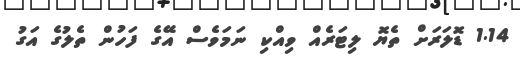
1.14 ޑޮލަރަށް ތެޔޮ ލިޓަރެއް ވިއްކި ނަމަވެސް އޭގެ ފަހުން ތެލުގެ އަގު